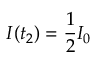
I ( t _ { 2 } ) = \frac { 1 } { 2 } I _ { 0 }